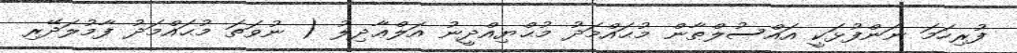
ފުރިހަމަ ނަންފުޅަކީ އައްސުލްޠާން މުޙައްމަދު މުޙްޔިއްދީނު އަލްޢާދިލު ( ނުވަތަ މުޙައްމަދު ފާމުލަދޭރި